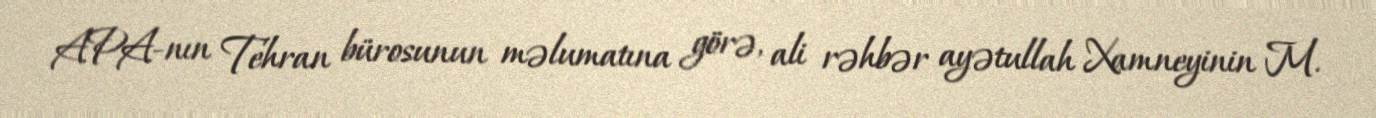
APA-nın Tehran bürosunun məlumatına görə, ali rəhbər ayətullah Xamneyinin M.